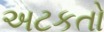
અટકતો